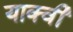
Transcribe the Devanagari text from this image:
याक्वी